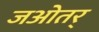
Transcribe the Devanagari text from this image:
जओतर्